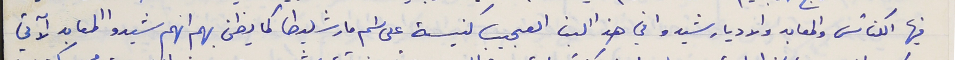
فيها الكنائس والمعابد والاديار شيدوا في هذا البنا العجيب كنيسة على اسم مار شليطا كما يظن بهم انهم شيدوا المعابد الآتي